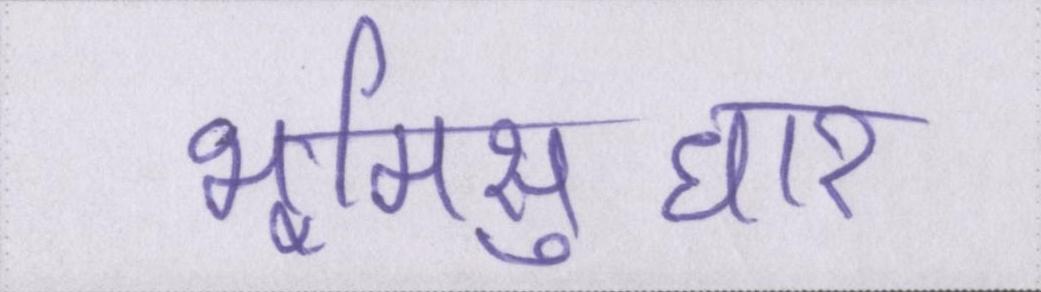
भूमिसुधार